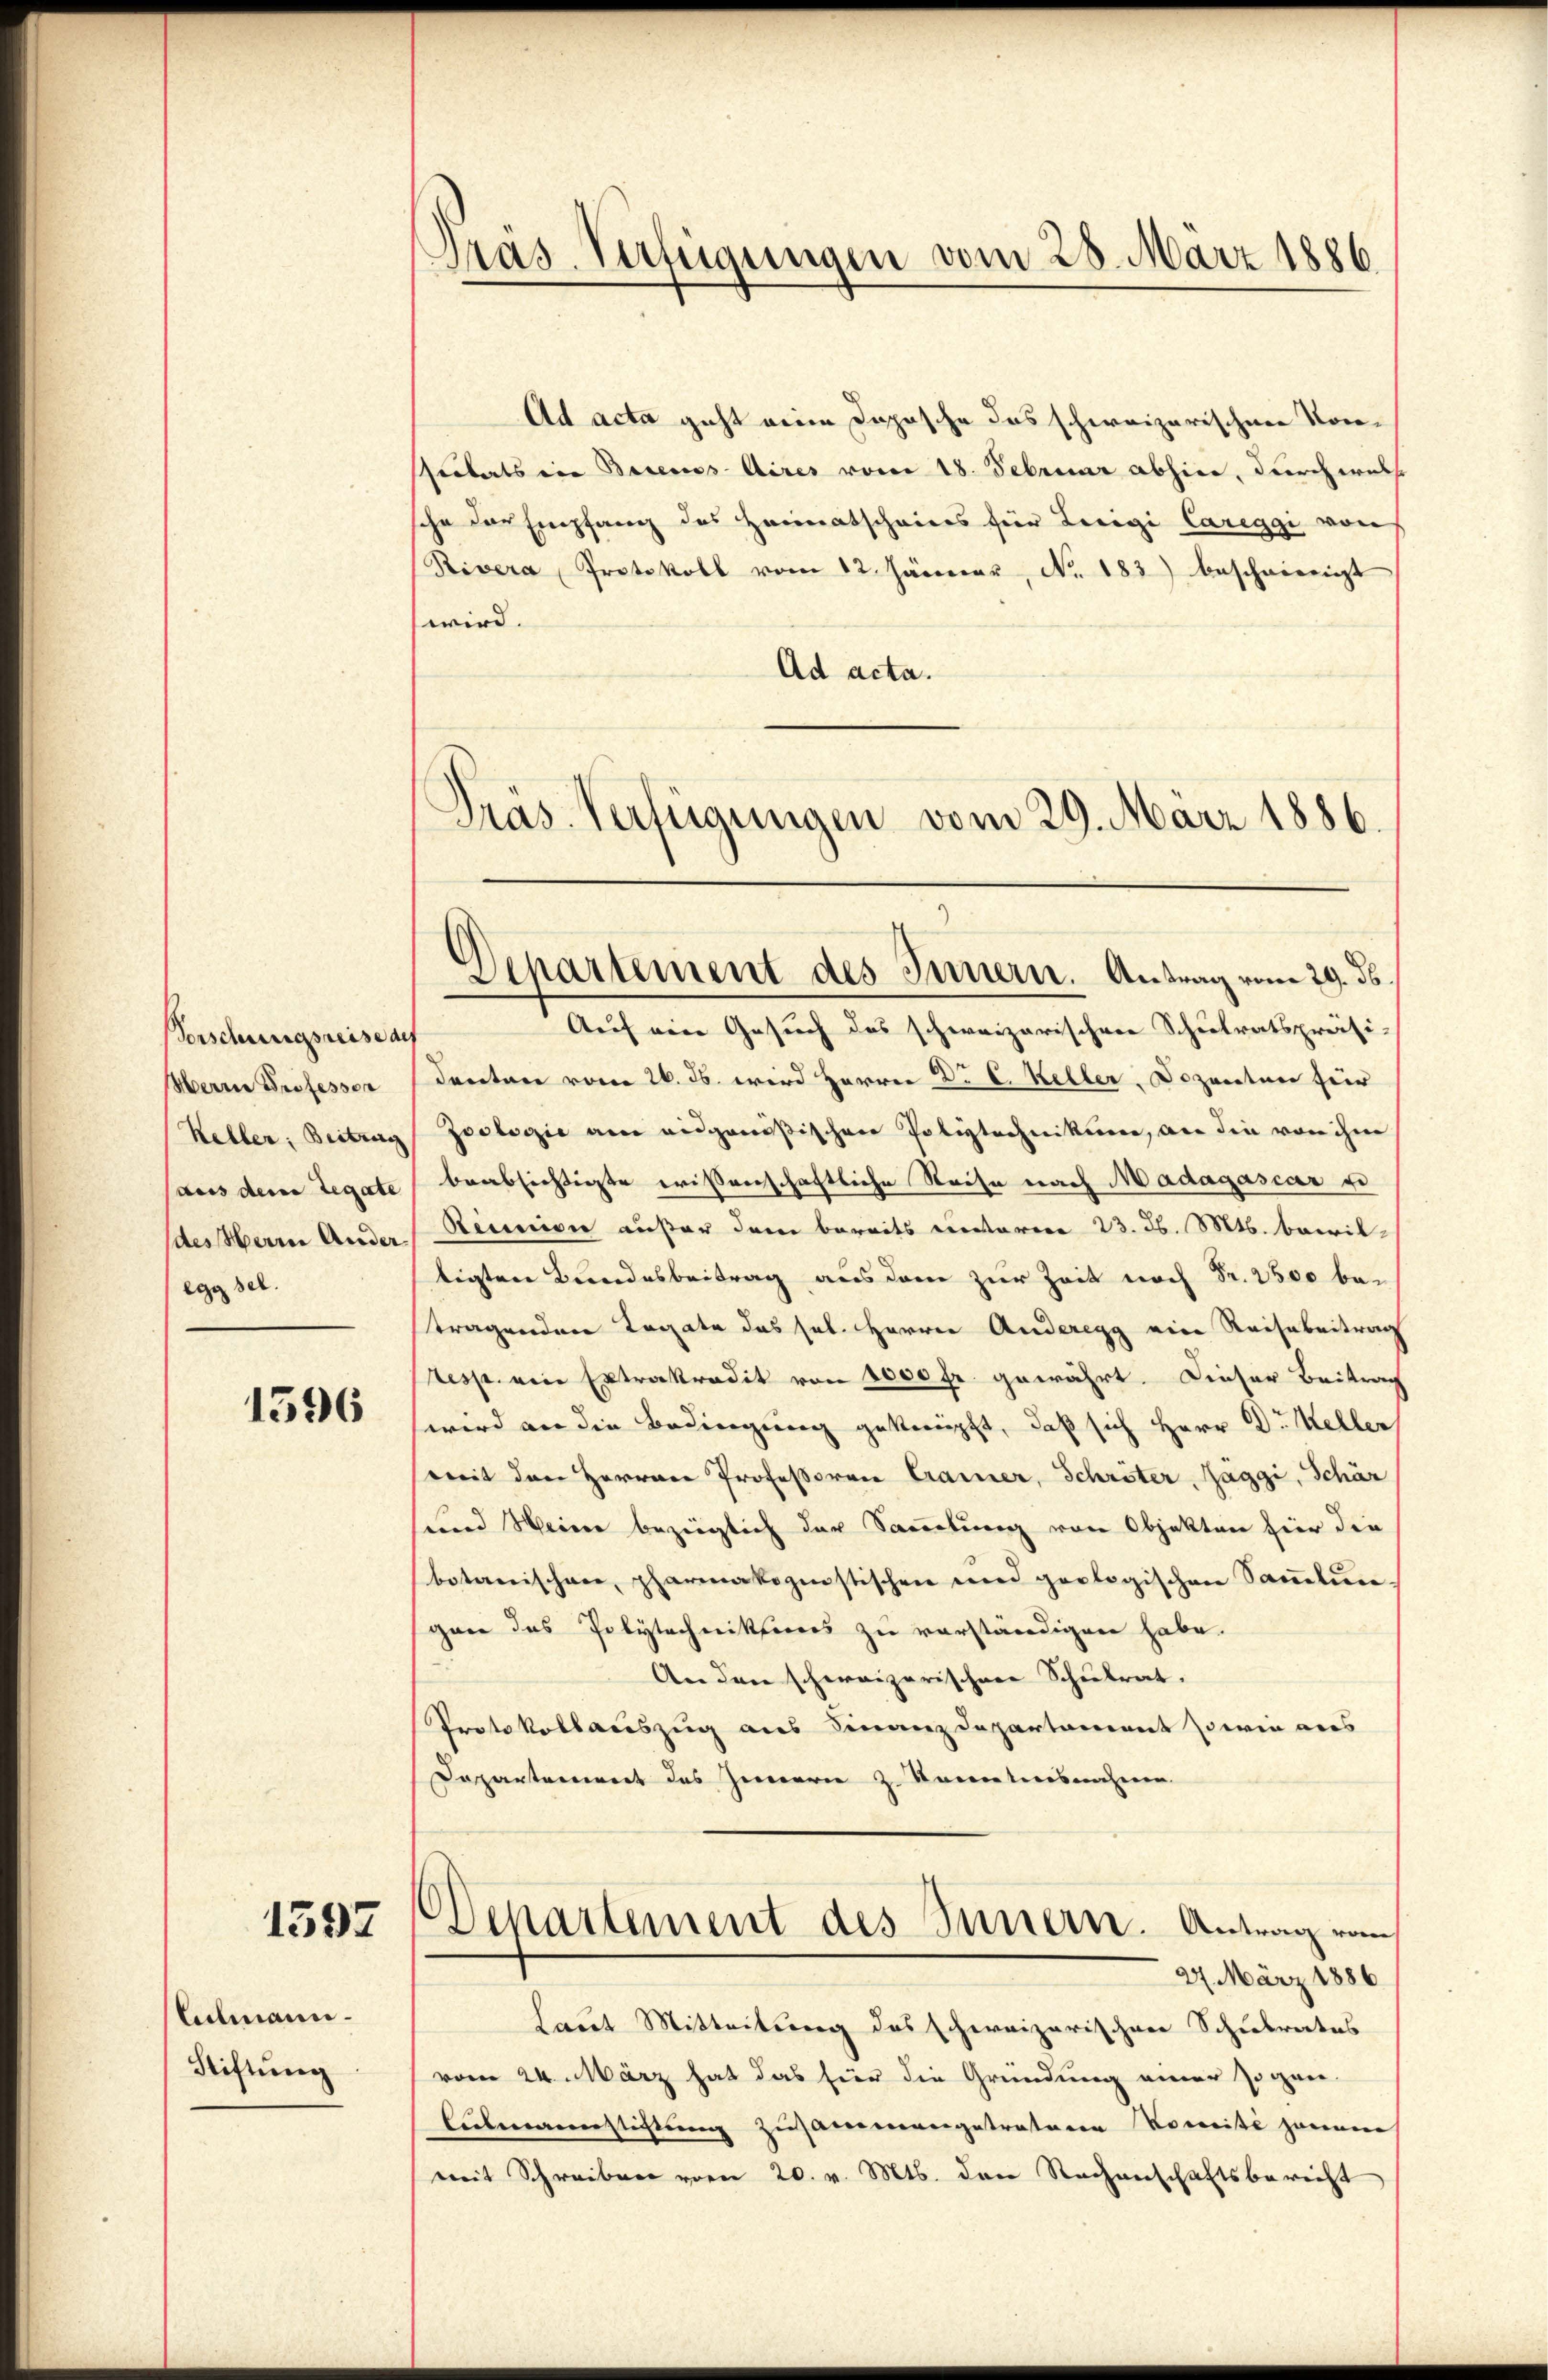
Vorschungsreise auf
Herrn Professor
Kehler; Beitrag
(aus dem Legate
des Herrn Anderegg sel.

1596

Culmann.
Stiftung

1592

Präs. Verfügungen vom 28. März 1886

Ad acta geht eine Dopösche das schweizerischen Vorsspitals in Berecos Aires vom 18. Februar abhier, durch welch
sche der Empfang des Heimatscheines für Luigi Careggi von
Rivera Protokoll vom 12. Jänner, No. 183) beschwierigt
wird.
Ad acta.
Präs. Verfügungen vom 29. März 1886.

Auf eine Gesuch des schweizerischen Schulratspräsi-
denten vom 26. ds. wird Herrn D. C. Keller, Dozenten für
Zoologie am eidgenößischen Poliztechnikum, an die von ihm
beabsichtigte wissenschaftliche Reise nach Madagascar ei
Riunion außer dem bereits unteren 23. d. Mts. bewiltigten Bundesbeitrag aus dem zur Zeit noch Fr. 2500 betragenden Rogate das sel. Herrn Anderegg eine Reisbeitrag
tesse ein Extrakradit von 1000 fr. gewährt. Dieser Beitrag
wird an die Bedingung geknüpft, daß sich Herr Dr. Kellen
mit den Herren Professoren Cramer, Schröter, Jaggi, Schär
sund Weine bezüglich der Sammlung von Objekten hier die
botanischen, pharmakopistischen und geologischen Sammlungan das Polytechniktions zu vorständigen habe.
An den schweizerischen Schulrat.
Protokollauszug aus Finanzdepartement sowie aus
Departement des Innern z. Kometensnahmen.
Departement des Innern. Antrag vom
27. März 1886
Laut Mitteilung des schweizerischen Schulrates
vom 24. März hat das hier die Gründung einer sogen-
Eubmannstiftung zusammengetretenen Noweite zweier
mit Schreiben vom 20. v. Mts. den Rechenschaftsbericht

Departement des Innern. Antrag vom 29. ds